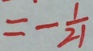
= - \frac { 1 } { 2 1 }